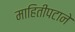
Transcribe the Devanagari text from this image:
माहितीपटाने